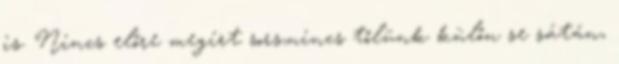
is. Nincs előre megírt sors,nincs tőlünk külőn se sátán,